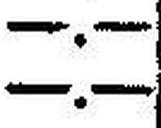
—.—